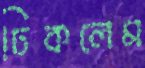
ঢিকলেম